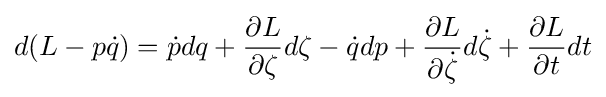
d(L-p{\dot {q}})={\dot {p}}dq+{\frac {\partial L}{\partial \zeta }}d\zeta -{\dot {q}}dp+{\frac {\partial L}{\partial {\dot {\zeta }}}}d{\dot {\zeta }}+{\frac {\partial L}{\partial t}}dt